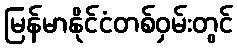
မြန်မာနိုင်ငံတစ်ဝှမ်းတွင်